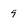
Character: 9